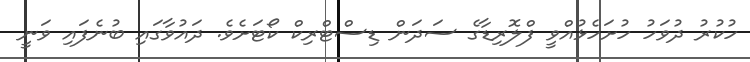
ހުކުރު ދުވަހު ހުށަހެޅުއްވީ ފްލޮރިޑާގެ ސަދަން ޑިސްޓްރިކް ކޯޓަށެވެ. ދައުވާގައި ބުނެފައި ވަނީ